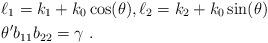
LaTeX: \begin{align*} & \ell_1=k_1+k_0\cos(\theta), \ell_2=k_2+k_0\sin(\theta)\\ & \theta'b_{11}b_{22}=\gamma \ .\end{align*}